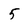
Character: 5